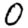
Digit: 0